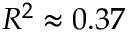
R ^ { 2 } \approx 0 . 3 7